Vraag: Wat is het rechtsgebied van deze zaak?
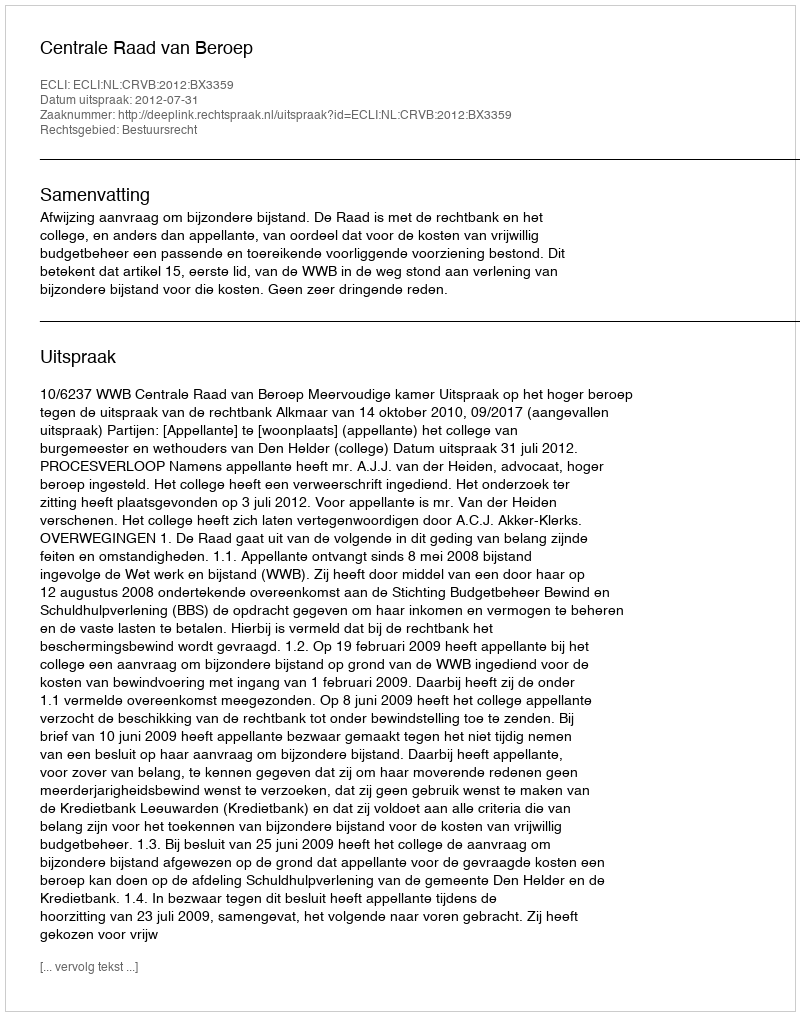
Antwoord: Bestuursrecht